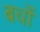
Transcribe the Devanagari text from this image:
बचों